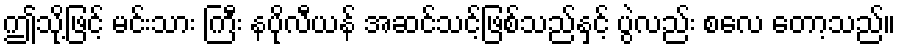
ဤသို့ဖြင့် မင်းသား ကြီး နပိုလီယန် အဆင်သင့်ဖြစ်သည်နှင့် ပွဲလည်း စလေ တော့သည်။